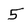
Character: 5